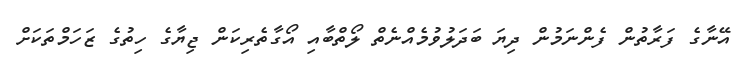
އޭނާގެ ފަރާތުން ފެންނަމުން ދިޔަ ބަދަލުވުމެއްނެތް ލޯތްބާއި އޯގާތެރިކަން ޖިޔާގެ ހިތުގެ ޒަހަމްތަކަށް